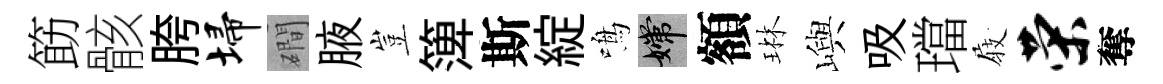
筯骸胯埽磵腋豈𥱼斯綻鳴嫦額琳嶼吸璫𡲆荣奪